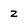
Character: z